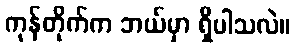
ကုန်တိုက်က ဘယ်မှာ ရှိပါသလဲ။